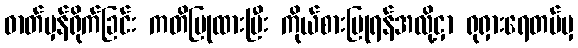
ဓာတ်မှန်ရိုက်ခြင်း ကတိပြုထားပြီး ကိုယ်စားပြုရန်အလို့ငှာ ရုရှားရေတပ်မှ